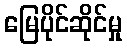
မြေပိုင်ဆိုင်မှု